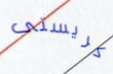
كريستى